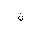
Letter: _non